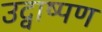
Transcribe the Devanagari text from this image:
उद्वाष्पण